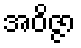
အဝိဇ္ဇာ